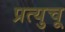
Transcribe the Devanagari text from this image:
प्रत्युचू